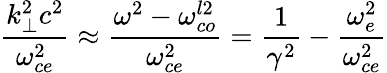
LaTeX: \frac{k_{\perp}^{2}c^{2}}{\omega_{ce}^{2}}\approx\frac{\omega^{2}-\omega_{co}^{l2}}{\omega_{ce}^{2}}=\frac{1}{\gamma^{2}}-\frac{\omega_{e}^{2}}{\omega_{ce}^{2}}